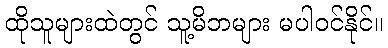
ထိုသူများထဲတွင် သူ့မိဘများ မပါဝင်နိုင်။